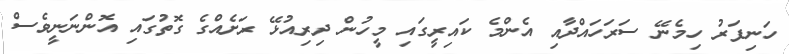
ހަނިފަރު ހިމެނޭ ސަރަހައްދާއި އެންމެ ކައިރީގައި މީހުން ދިރިއުޅޭ ރަށެއްގެ ގޮތުގައި އޮންނަނީވެސް